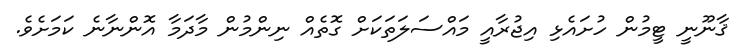
ޤާނޫނީ ޓީމުން ހުށައެޅި އިޖުރާއީ މައްސަލަތަކަށް ގޮތެއް ނިންމުން މާދަމާ އޮންނާނެ ކަމަށެވެ.